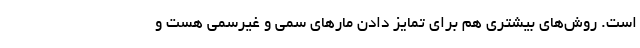
است. روش‌های بیشتری هم برای تمایز دادن مارهای سمی و غیرسمی هست و